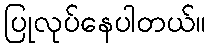
ပြုလုပ်နေပါတယ်။